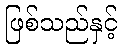
ဖြစ်သည်နှင့်